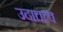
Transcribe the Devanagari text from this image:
उदात्तत्व